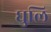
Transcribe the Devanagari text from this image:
घुलि